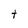
Character: t